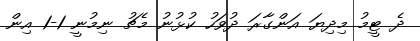
ދެ ޓީމު މިދިޔަ އަންގާރަ ދުވަހު ކުޅުނު މެޗު ނިމުނީ 1-1 އިން